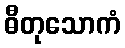
ဓီတုသောကံ